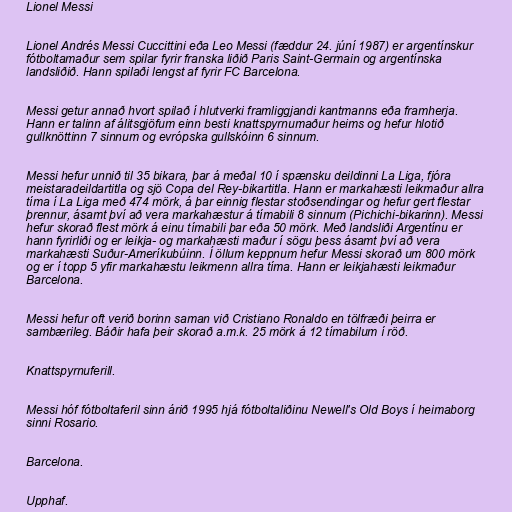
Lionel Messi

Lionel Andrés Messi Cuccittini eða Leo Messi (fæddur 24. júní 1987) er argentínskur
fótboltamaður sem spilar fyrir franska liðið Paris Saint-Germain og argentínska
landsliðið. Hann spilaði lengst af fyrir FC Barcelona.

Messi getur annað hvort spilað í hlutverki framliggjandi kantmanns eða framherja.
Hann er talinn af álitsgjöfum einn besti knattspyrnumaður heims og hefur hlotið
gullknöttinn 7 sinnum og evrópska gullskóinn 6 sinnum.

Messi hefur unnið til 35 bikara, þar á meðal 10 í spænsku deildinni La Liga, fjóra
meistaradeildartitla og sjö Copa del Rey-bikartitla. Hann er markahæsti leikmaður allra
tíma í La Liga með 474 mörk, á þar einnig flestar stoðsendingar og hefur gert flestar
þrennur, ásamt því að vera markahæstur á tímabili 8 sinnum (Pichichi-bikarinn). Messi
hefur skorað flest mörk á einu tímabili þar eða 50 mörk. Með landsliði Argentínu er
hann fyrirliði og er leikja- og markahæsti maður í sögu þess ásamt því að vera
markahæsti Suður-Ameríkubúinn. Í öllum keppnum hefur Messi skorað um 800 mörk
og er í topp 5 yfir markahæstu leikmenn allra tíma. Hann er leikjahæsti leikmaður
Barcelona.

Messi hefur oft verið borinn saman við Cristiano Ronaldo en tölfræði þeirra er
sambærileg. Báðir hafa þeir skorað a.m.k. 25 mörk á 12 tímabilum í röð.

Knattspyrnuferill.

Messi hóf fótboltaferil sinn árið 1995 hjá fótboltaliðinu Newell's Old Boys í heimaborg
sinni Rosario.

Barcelona.

Upphaf.